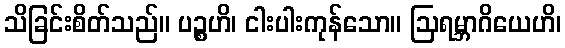
သိခြင်းစိတ်သည်။ ပဉ္စဟိ၊ ငါးပါးကုန်သော။ ဩရမ္ဘာဂိယေဟိ၊